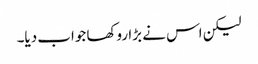
لیکن اس نے بڑا روکھا جواب دیا۔